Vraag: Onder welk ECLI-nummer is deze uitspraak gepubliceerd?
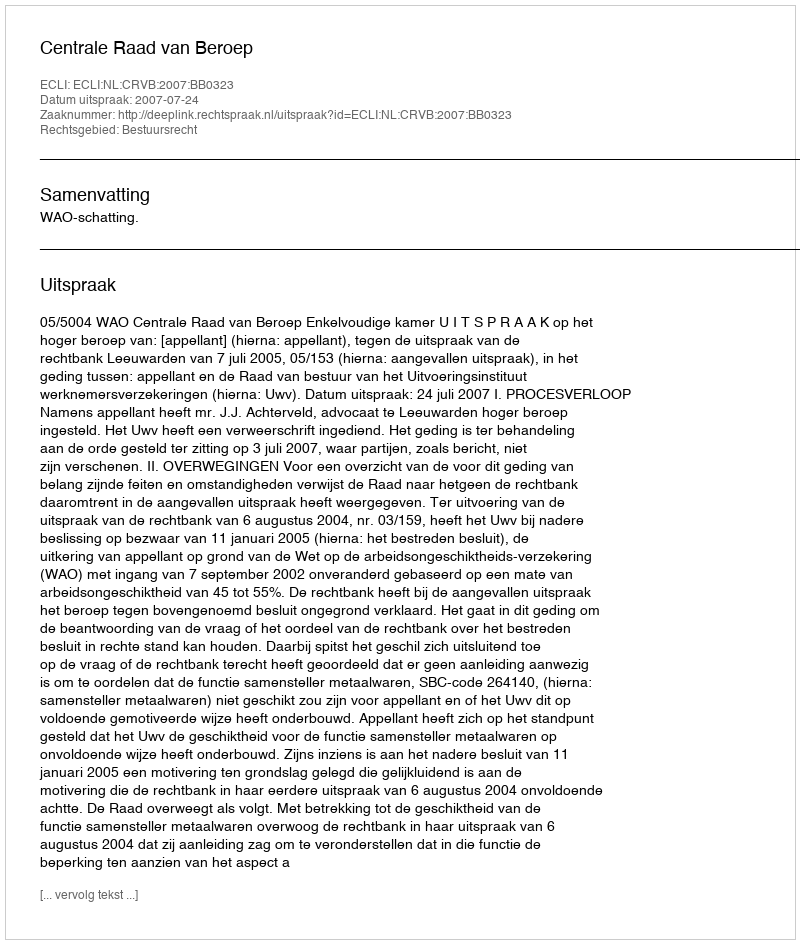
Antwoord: ECLI:NL:CRVB:2007:BB0323